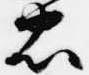
忠